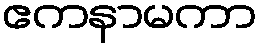
ဧကနာမကာ